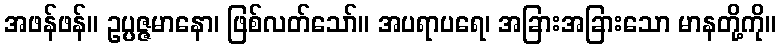
အဖန်ဖန်။ ဥပ္ပဇ္ဇမာနော၊ ဖြစ်လတ်သော်။ အပရာပရေ၊ အခြားအခြားသော မာနတို့ကို။